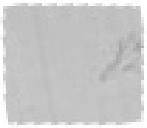
82